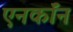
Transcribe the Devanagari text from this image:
एनर्कॉन